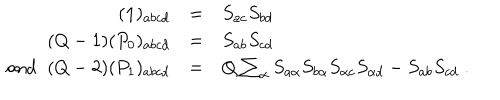
\begin{array} { r c l } { { ( { \bf 1 } ) _ { a b c d } } } & { { = } } & { { S _ { a c } S _ { b d } } } \\ { { ( Q - 1 ) ( P _ { 0 } ) _ { a b c d } } } & { { = } } & { { S _ { a b } S _ { c d } } } \\ { { \mathrm { a n d \; \; } ( Q - 2 ) ( P _ { 1 } ) _ { a b c d } } } & { { = } } & { { Q \sum _ { \alpha } S _ { a \alpha } S _ { b \alpha } S _ { \alpha c } S _ { \alpha d } - S _ { a b } S _ { c d } \; . } } \\ \end{array}